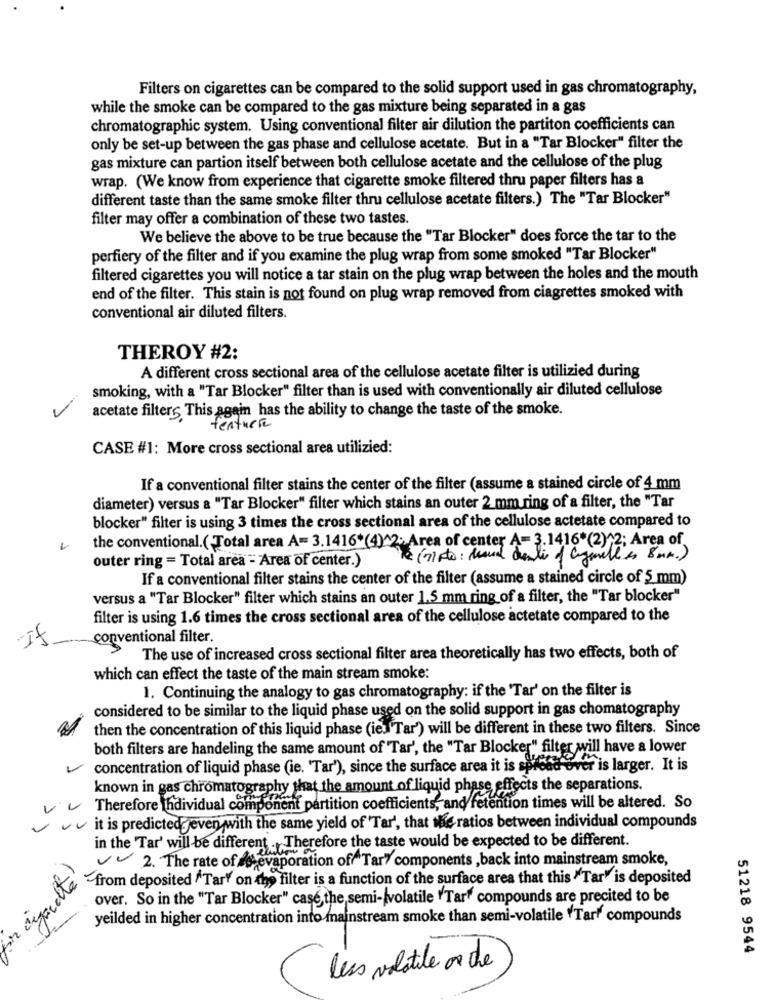
Filters on cigarettes can be compared to the solid support used in gas chromatography,
while the smoke can be compared to the gas mixture being separated in a gas
chromatographic system. Using conventional filter air dilution the partiton coefficients can
only be set-up between the gas phase and cellulose acetate. But in a "Tar Blocker" filter the
gas mixture can partion itself between both cellulose acetate and the cellulose of the plug
wrap. (We know from experience that cigarette smoke filtered thru paper filters has a
different taste than the same smoke filter thru cellulose acetate filters.) The "Tar Blocker"
filter may offer a combination of these two tastes.
We believe the above to be true because the "Tar Blocker" does force the tar to the
perfiery of the filter and if you examine the plug wrap from some smoked "Tar Blocker"
filtered cigarettes you will notice a tar stain on the plug wrap between the holes and the mouth
end of the filter. This stain is not found on plug wrap removed from ciagrettes smoked with
conventional air diluted filters.
THEROY #2:
A different cross sectional area of the cellulose acetate filter is utilizied during
smoking, with a "Tar Blocker" filter than is used with conventionally air diluted cellulose
acetate filters This again has the ability to change the taste of the smoke.
texturse
CASE #1: More cross sectional area utilizied:
If a conventional filter stains the center of the filter (assume a stained circle of 4 mm
diameter) versus a "Tar Blocker" filter which stains an outer 2 mm ring of a filter, the "Tar
blocker" filter is using 3 times the cross sectional area of the cellulose actetate compared to
the conventional.(Total area A= 3.1416*(4)^2; Area of center A= 3.1416*(2)12; Area of
Te (11 pto : Manual delis of cigarettes 8 mm.)
outer ring = Total area - Area of center.)
If a conventional filter stains the center of the filter (assume a stained circle of 5 mm)
versus a "Tar Blocker" filter which stains an outer 1.5 mm ring of a filter, the "Tar blocker"
filter is using 1.6 times the cross sectional area of the cellulose actetate compared to the
If
conventional filter.
The use of increased cross sectional filter area theoretically has two effects, both of
which can effect the taste of the main stream smoke:
1. Continuing the analogy to gas chromatography: if the 'Tar' on the filter is
considered to be similar to the liquid phase used on the solid support in gas chomatography
then the concentration of this liquid phase (ies Tar') will be different in these two filters. Since
both filters are handeling the same amount of Tar', the "Tar Blocker" filter will have a lower
concentration of liquid phase (ie. 'Tar'), since the surface area it is spread over is larger. It is
known in gas chromatography that the amount of liquid phase effects the separations.
Therefore individual component partition coefficients, and retention times will be altered. So
it is predicted jeven with the same yield of Tar', that the ratios between individual compounds
in the 'Tar' will be different . Therefore the taste would be expected to be different.
V 2. The rate of evaporation of Tar' components ,back into mainstream smoke,
te
from deposited "Tar" on the filter is a function of the surface area that this "Tar' is deposited
over. So in the "Tar Blocker" case,the semi-(volatile "Tar" compounds are precited to be
yeilded in higher concentration into mainstream smoke than semi-volatile Tart compounds
51218 9544
less volatile or che